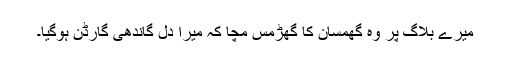
میرے بلاگ پر وہ گھمسان کا گھڑمس مچا کہ میرا دل گاندھی گارڈن ہوگیا۔